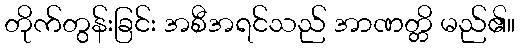
တိုက်တွန်းခြင်း အစီအရင်သည် အာဏတ္တိ မည်၏။